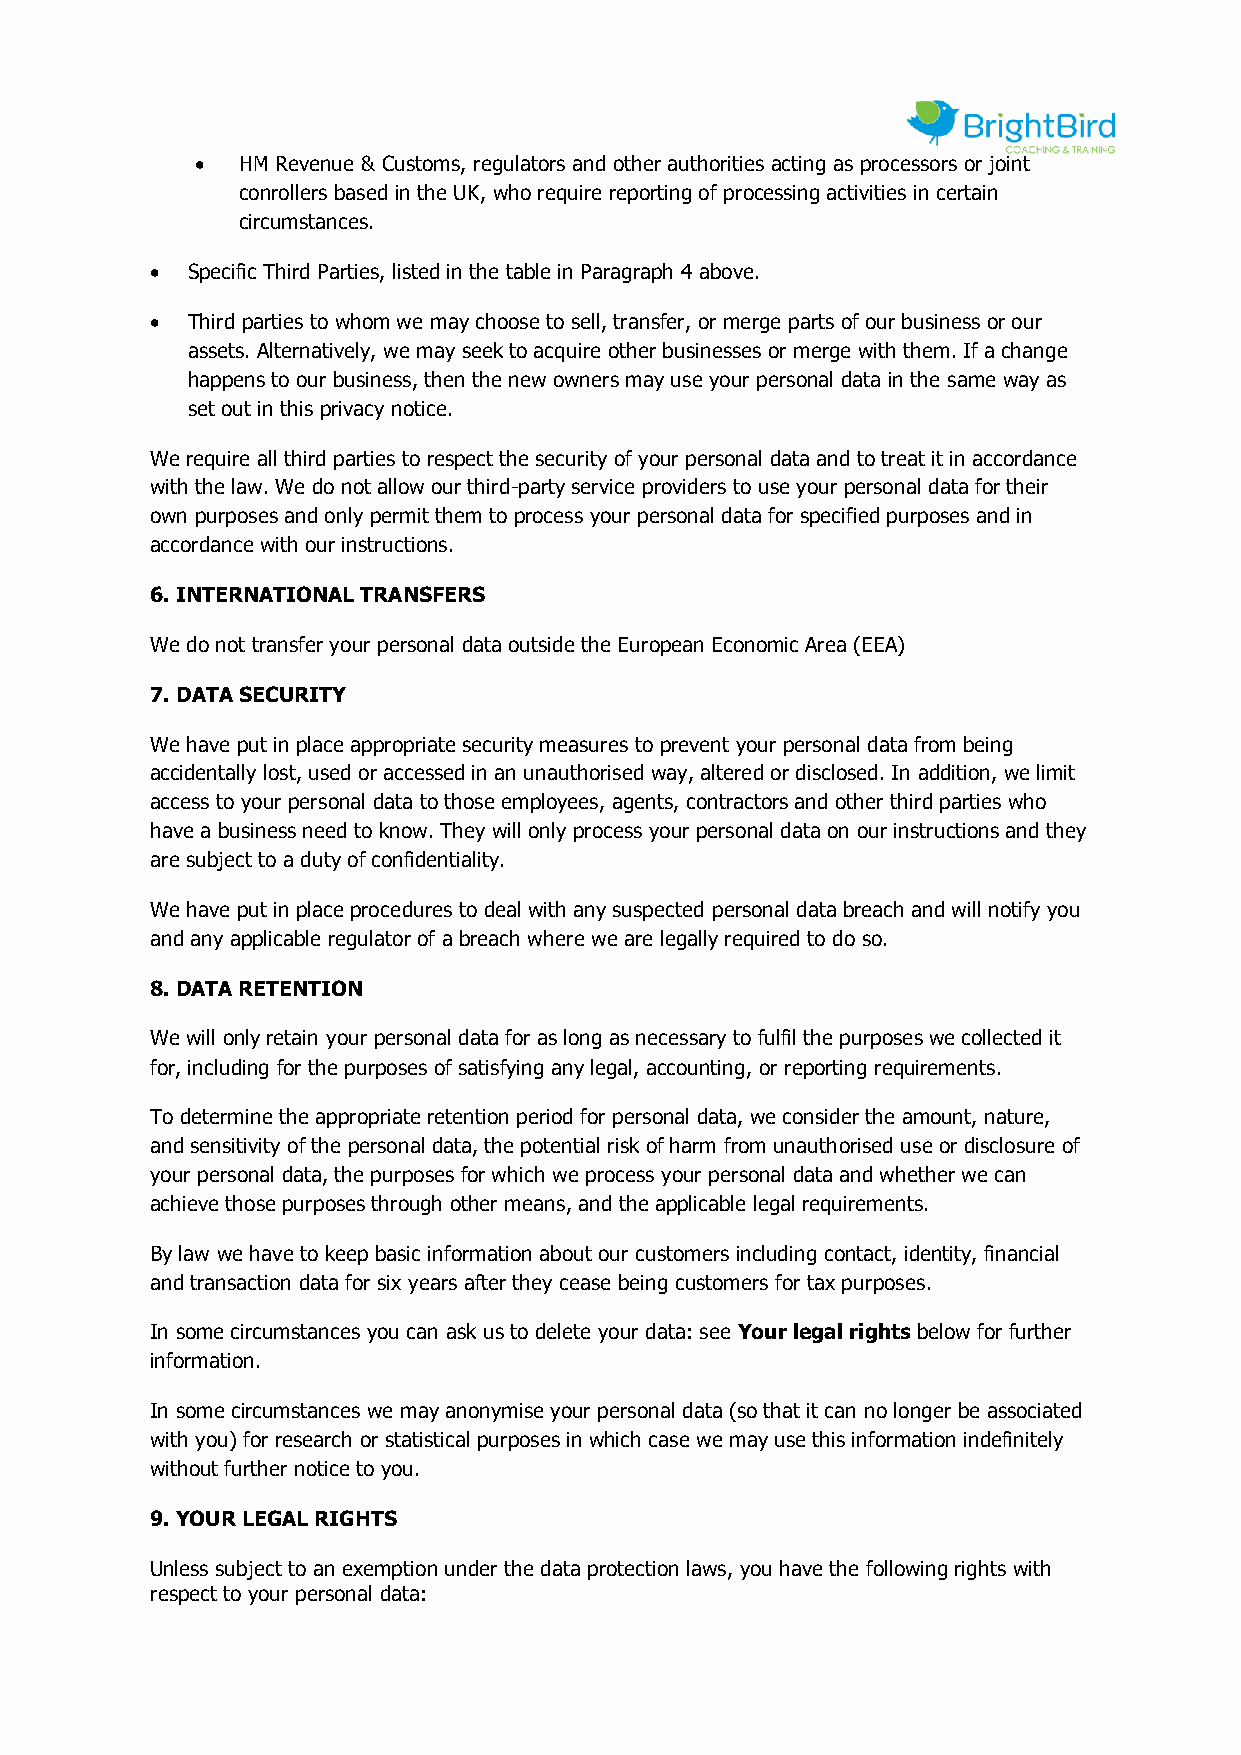
•  HM Revenue & Customs, regulators and other authorities acting as processors or joint
 conrollers based in the UK, who require reporting of processing activities in certain
 circumstances.
 • Specific Third Parties, listed in the table in Paragraph 4 above.
 • Third parties to whom we may choose to sell, transfer, or merge parts of our business or our
 assets. Alternatively, we may seek to acquire other businesses or merge with them. If a change
 happens to our business, then the new owners may use your personal data in the same way as
 set out in this privacy notice.
 We require all third parties to respect the security of your personal data and to treat it in accordance
 with the law. We do not allow our third-party service providers to use your personal data for their
 own purposes and only permit them to process your personal data for specified purposes and in
 accordance with our instructions.
 6. INTERNATIONAL TRANSFERS
 We do not transfer your personal data outside the European Economic Area (EEA)
 7. DATA SECURITY
 We have put in place appropriate security measures to prevent your personal data from being
 accidentally lost, used or accessed in an unauthorised way, altered or disclosed. In addition, we limit
 access to your personal data to those employees, agents, contractors and other third parties who
 have a business need to know. They will only process your personal data on our instructions and they
 are subject to a duty of confidentiality.
 We have put in place procedures to deal with any suspected personal data breach and will notify you
 and any applicable regulator of a breach where we are legally required to do so.
 8. DATA RETENTION
 We will only retain your personal data for as long as necessary to fulfil the purposes we collected it
 for, including for the purposes of satisfying any legal, accounting, or reporting requirements.
 To determine the appropriate retention period for personal data, we consider the amount, nature,
 and sensitivity of the personal data, the potential risk of harm from unauthorised use or disclosure of
 your personal data, the purposes for which we process your personal data and whether we can
 achieve those purposes through other means, and the applicable legal requirements.
 By law we have to keep basic information about our customers including contact, identity, financial
 and transaction data for six years after they cease being customers for tax purposes.
 In some circumstances you can ask us to delete your data: see Your legal rights below for further
 information.
 In some circumstances we may anonymise your personal data (so that it can no longer be associated
 with you) for research or statistical purposes in which case we may use this information indefinitely
 without further notice to you.
 9. YOUR LEGAL RIGHTS
 Unless subject to an exemption under the data protection laws, you have the following rights with
 respect to your personal data: